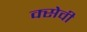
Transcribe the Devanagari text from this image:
क्सेवी